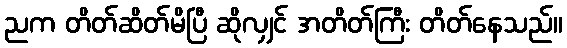
ညက တိတ်ဆိတ်မိပြီ ဆိုလျှင် အတိတ်ကြီး တိတ်နေသည်။